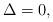
LaTeX: \begin{align*}\Delta=0 ,\end{align*}